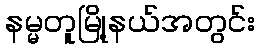
နမ္မတူမြို့နယ်အတွင်း